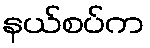
နယ်စပ်က